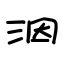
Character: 洇